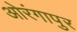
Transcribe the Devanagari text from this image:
ओरंगापुर